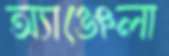
অ্যাঞ্জেলা